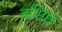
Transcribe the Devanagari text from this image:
बसिष्ठ